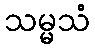
သမ္မသံ